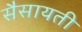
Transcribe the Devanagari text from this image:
सैसायती